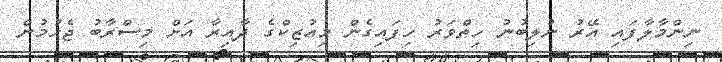
ނިންމާލާފައި އޭރު ނުލިބުނު ހިތްވަރު ހިފައިގެން މިއުޒިކްގެ ދާއިރާ އަށް މިސްރާބު ޖެހުމުން